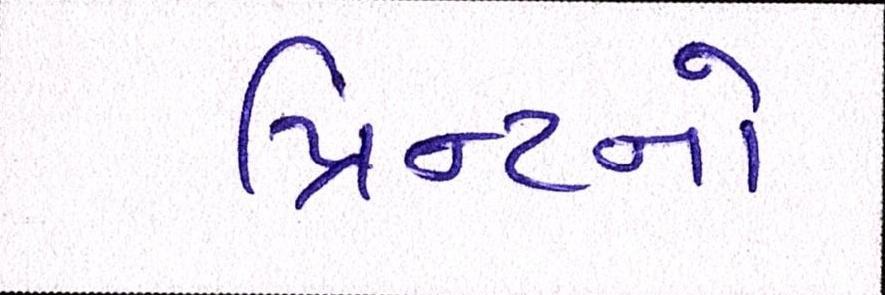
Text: પ્રિન્ટનો